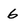
Character: 6